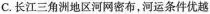
C. 长江三角洲地区河网密布，河运条件优越